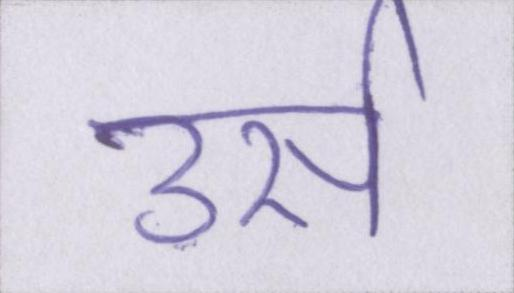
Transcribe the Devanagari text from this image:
उर्स